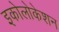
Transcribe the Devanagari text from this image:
इकोलोकेशन